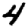
Digit: 4